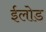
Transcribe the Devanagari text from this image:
ईलोड